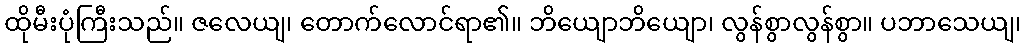
ထိုမီးပုံကြီးသည်။ ဇလေယျ၊ တောက်လောင်ရာ၏။ ဘိယျောဘိယျော၊ လွန်စွာလွန်စွာ။ ပဘာသေယျ၊